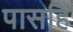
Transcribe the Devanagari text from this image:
पासहि